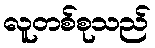
လူတစ်စုသည်